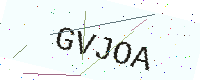
Text: GVJOA